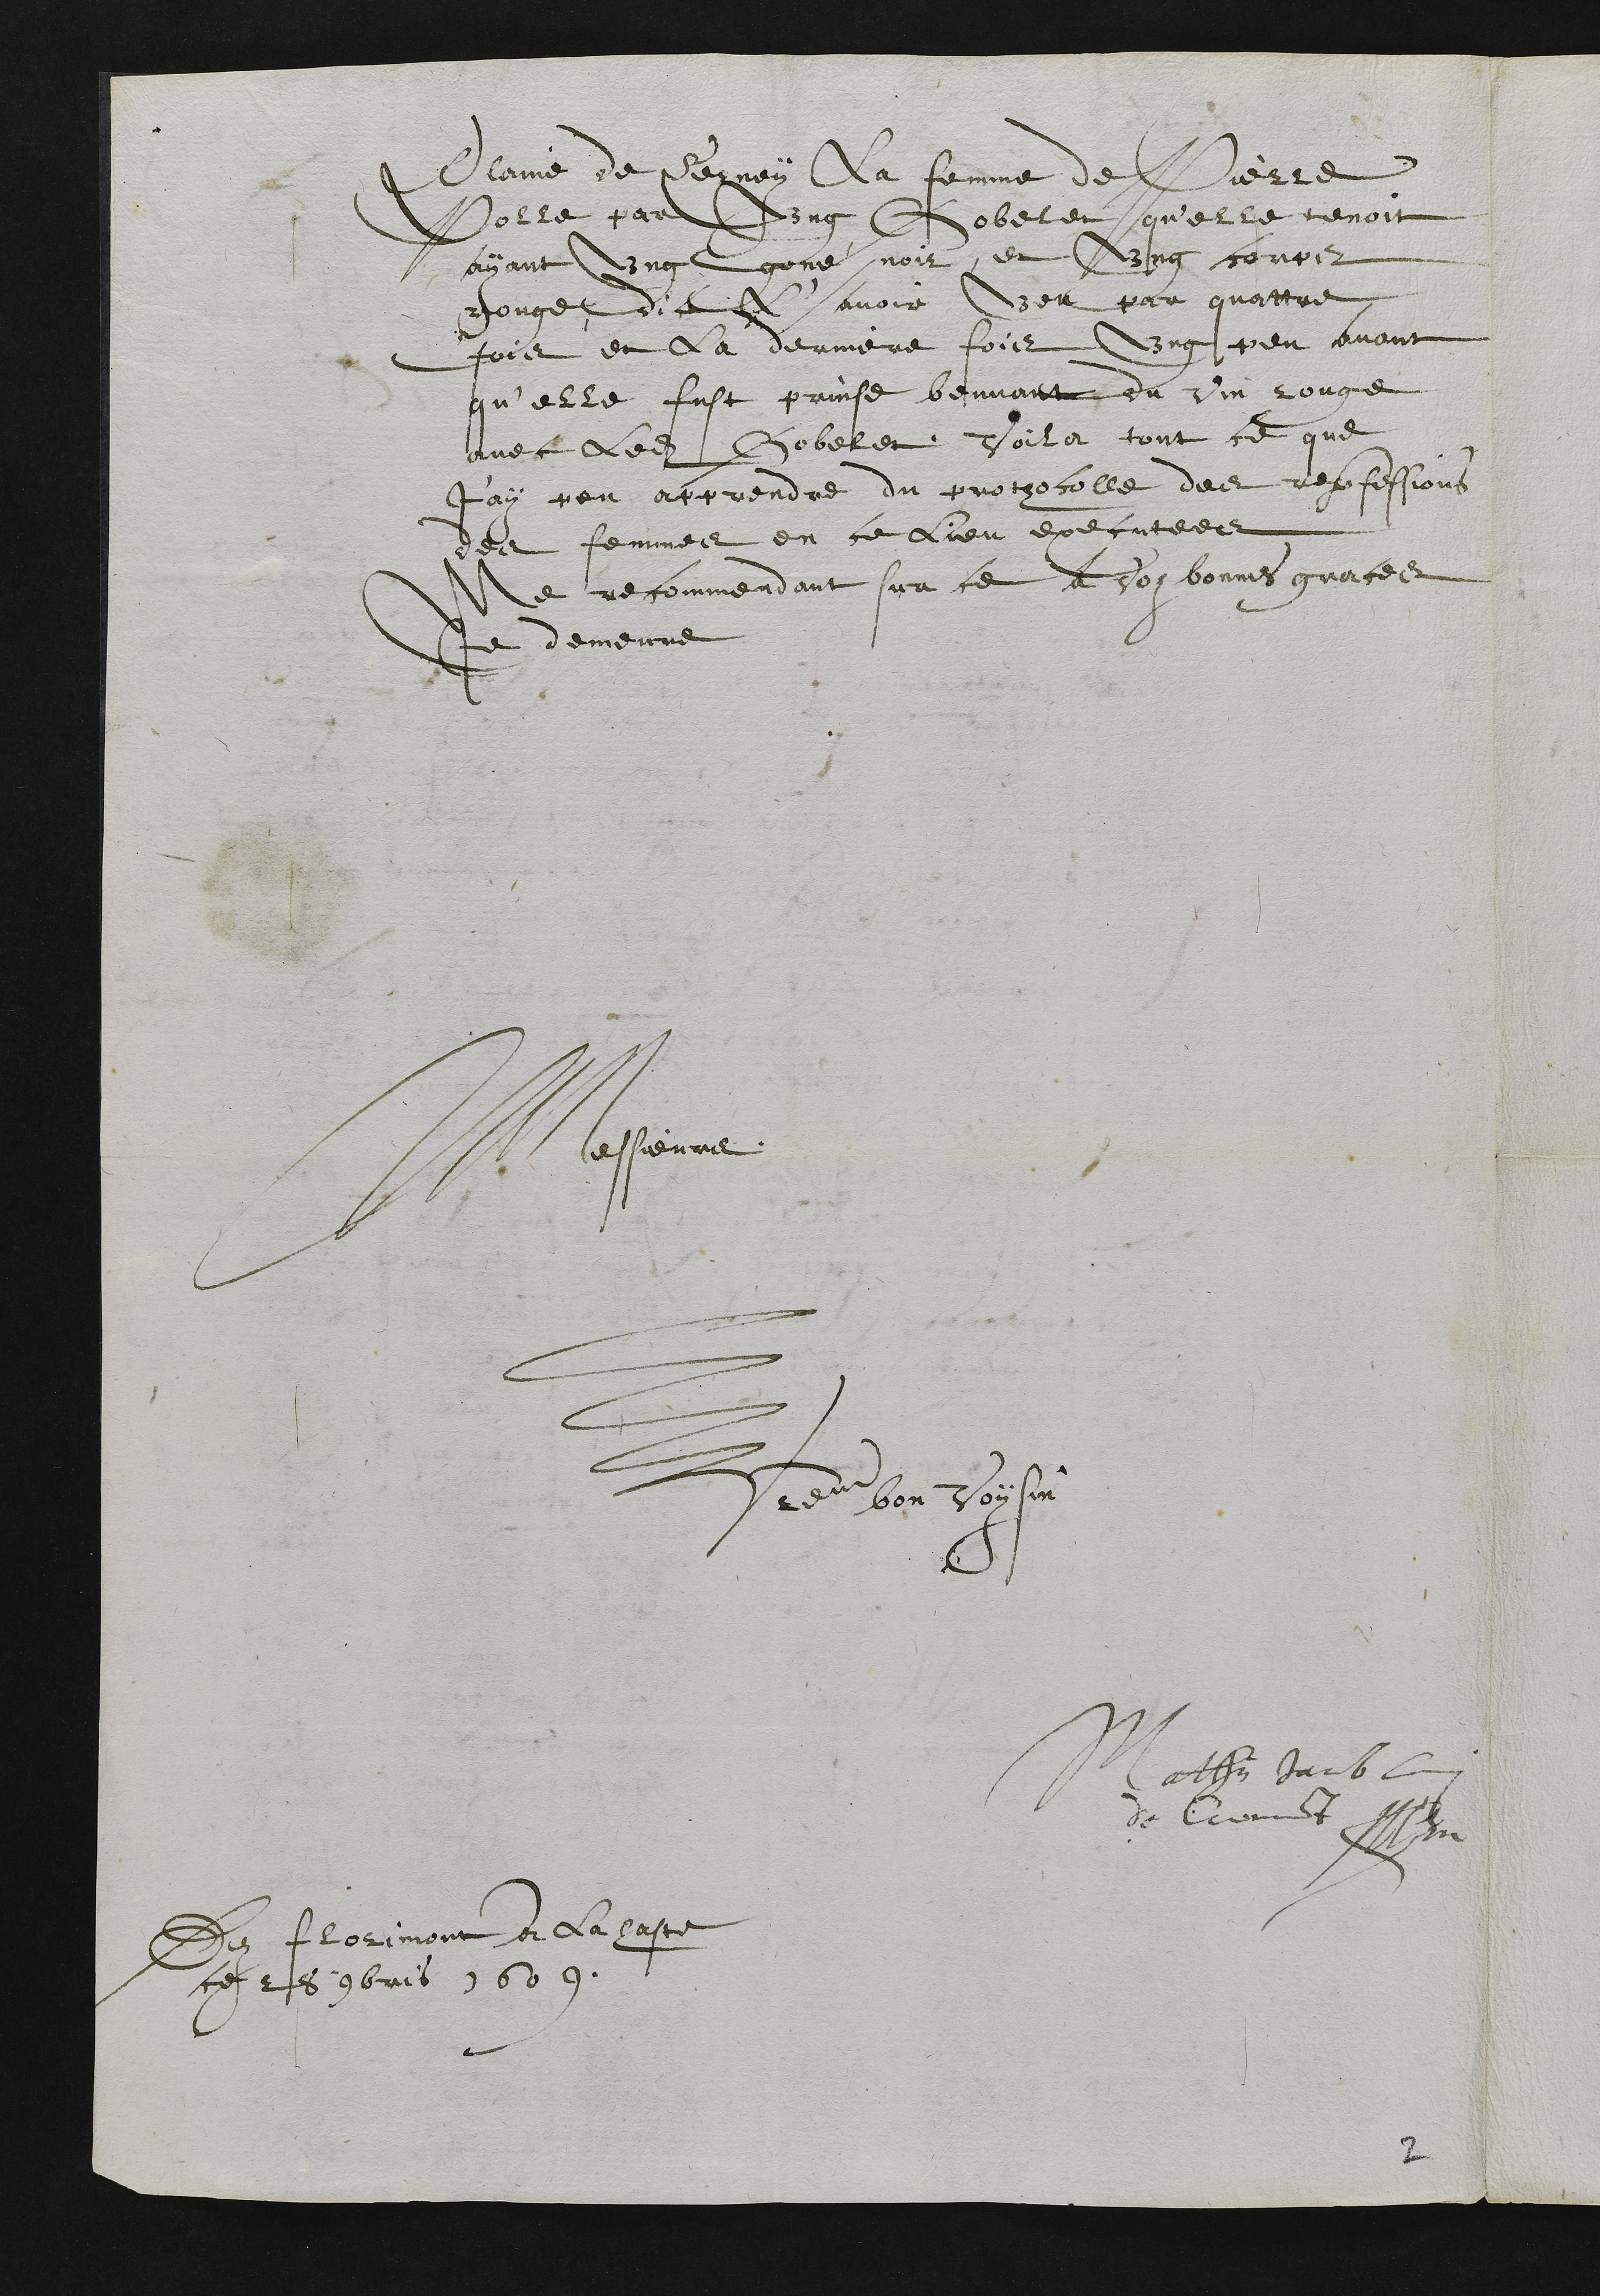
Plaine de Cerney la femme de Pierre
Polle par ung Gobelet qu'elle tenoit
ayant ung goné noir, et ung corps
rouge dit L'avoir veu par quattre
fois et la derniere fois ung peu avant
qu'elle fust prinse beuvant du vin rouge
avec ledit Gobelet voila tout ce que
J'ay peu apprendre du prothocolle des reconfessions
des femmes en ce lieu executees
Me recommendant sur ce a Voz bonnes graces
Je demeure
Messieurs
Votre bon Voysin
Mathieu Jacob
de Cuermont
Dez Florimont a la haste
ce 28 9bris 1609

2